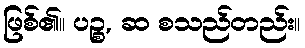
ဖြစ်၏။ ပဉ္စ, ဆ စသည်တည်း။